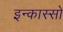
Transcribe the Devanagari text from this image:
इन्कास्सो